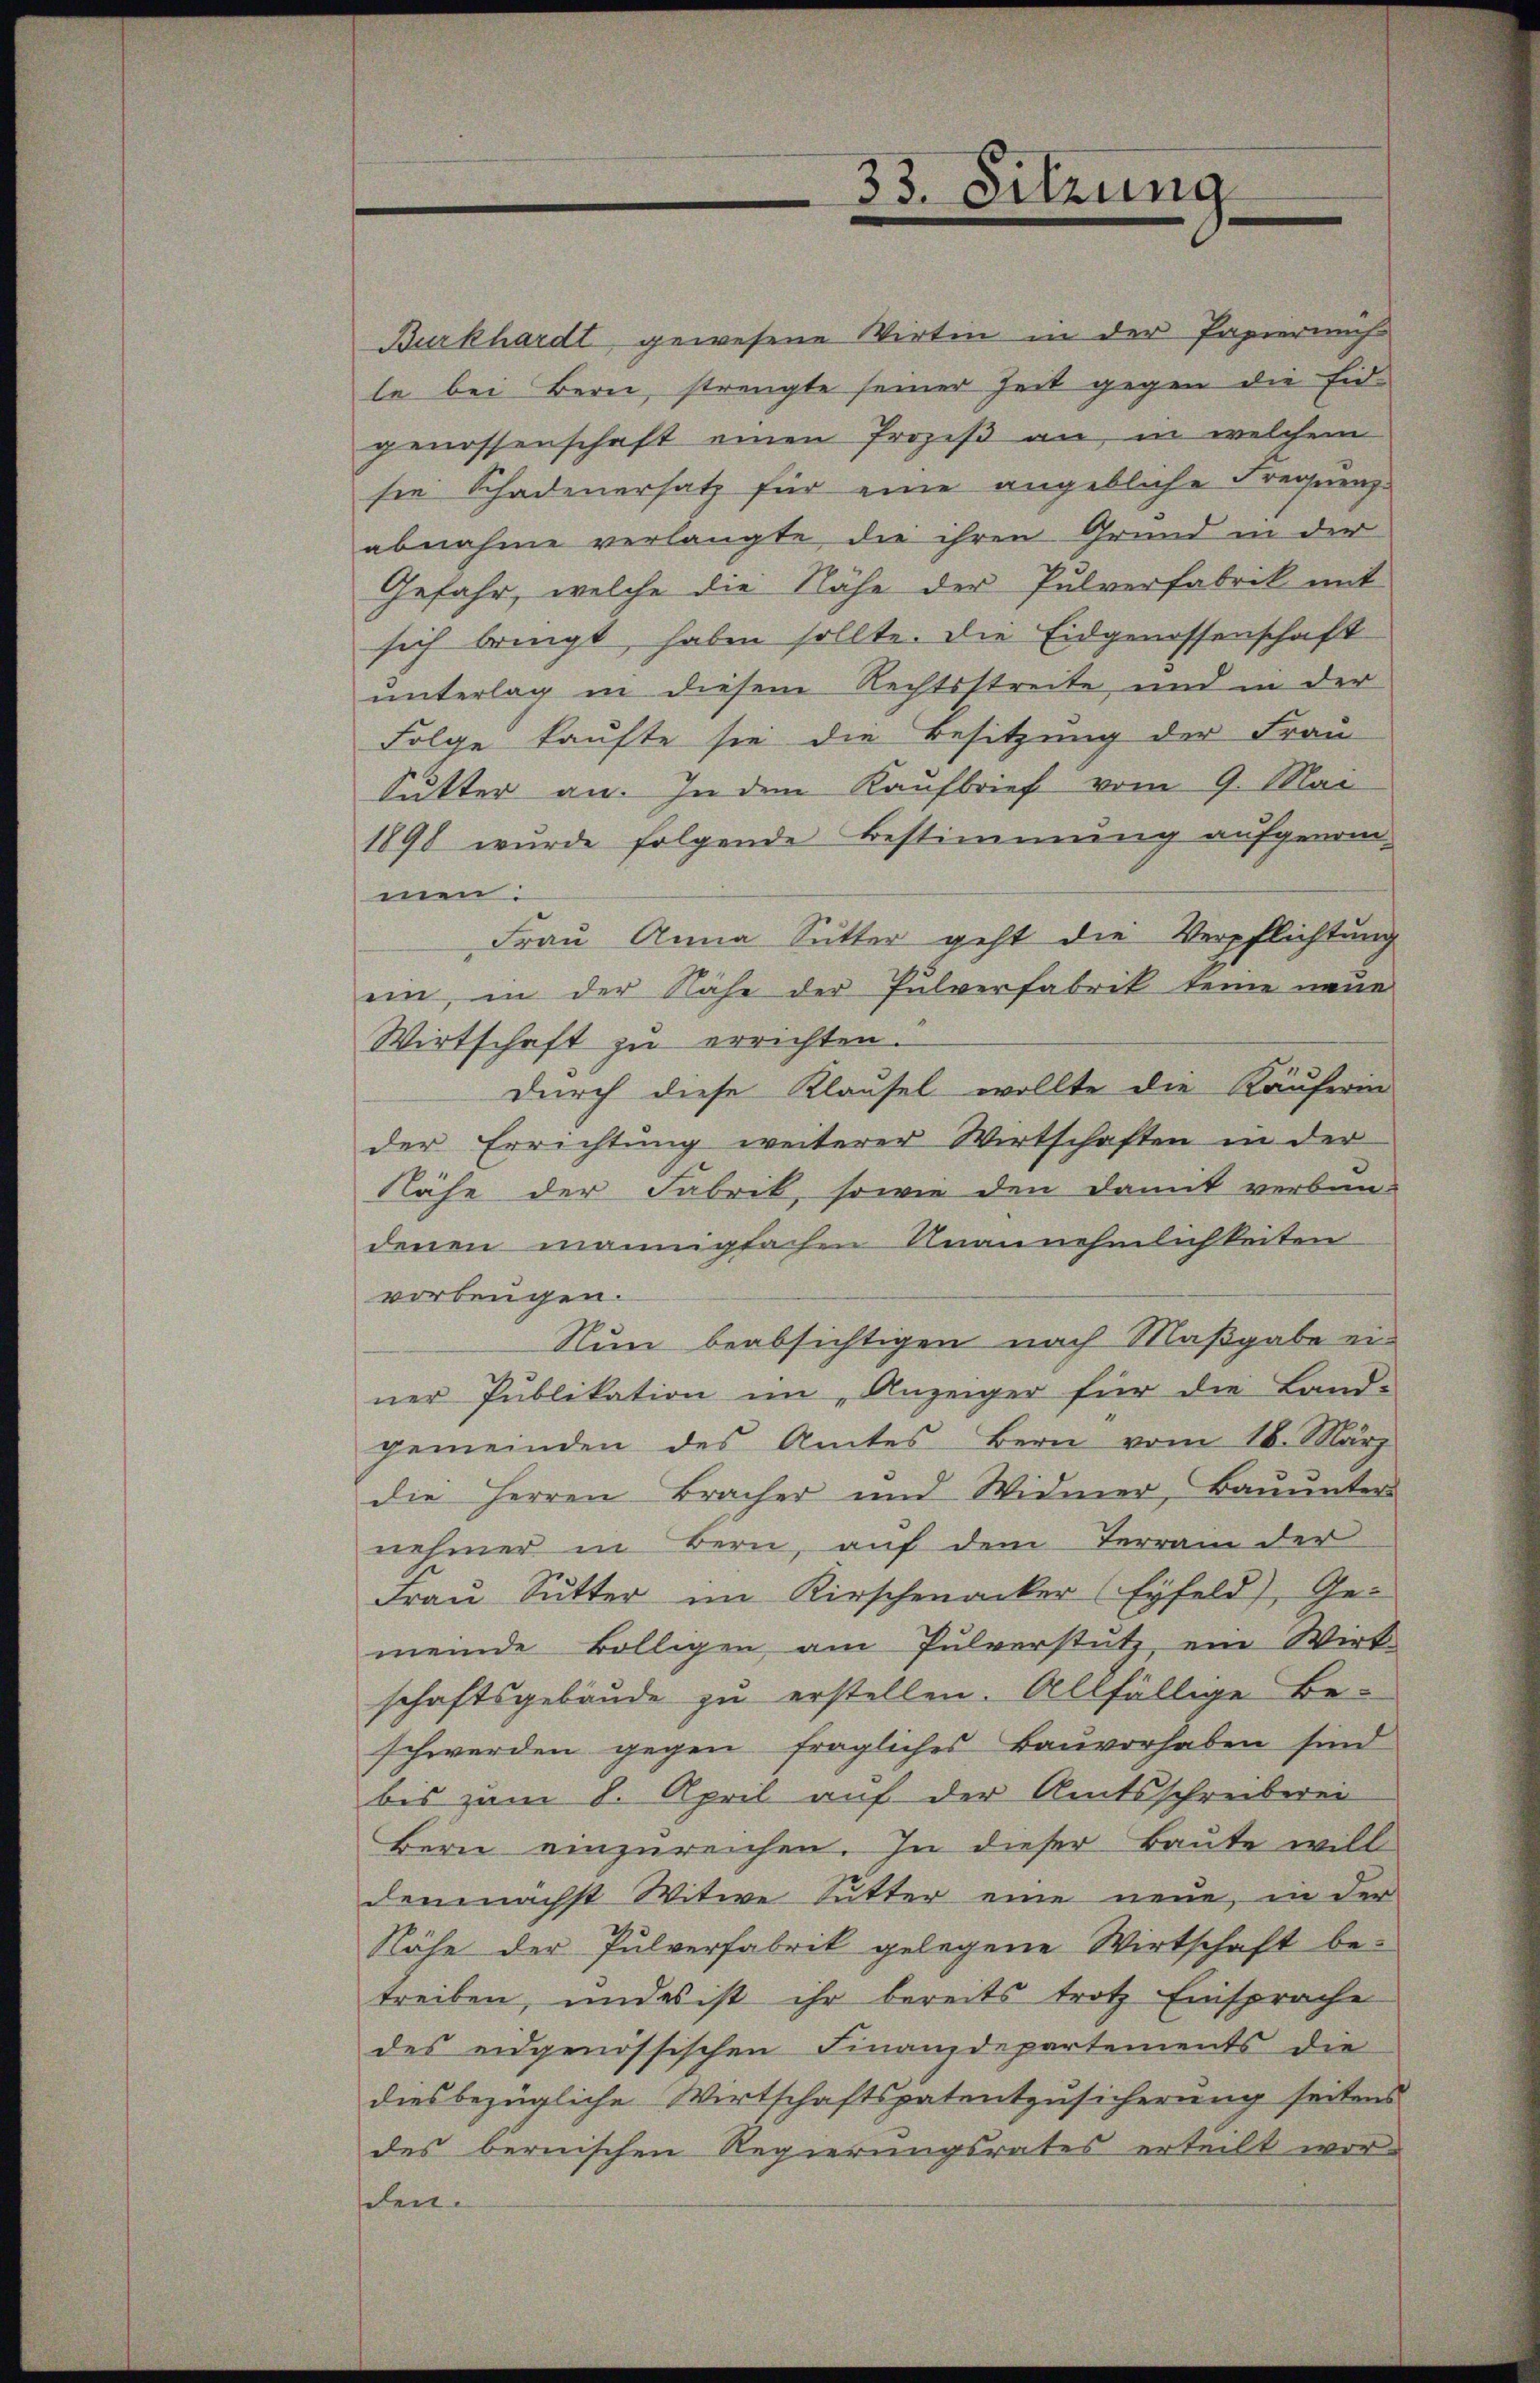
Burkhardt gewesene Wirtin in der Papiermah
le bei Bern, strengte seiner Zeit gegen die Eidgenossenschaft einen Prozeß an, in welchem
sie Schadenersatz für eine angebliche Frequenz-
abnahme verlangte die ihren Grund in der
Gefahr, welche die Nähe der Pulverfabrik mit
sich bringt haben sollte. Die Eidgenossenschaft
unterlag in diesem Rechtsstreite, und in der
Folge kaufte sie die Besitzung der Frau
Sutter an. In dem Kaufbrief vom 9. Mai
1898 wurde folgende Bestimmung aufgenom-
men:
Frau Anna Sutter geht die Verpflichtung
ein, in der Nähe der Pulverfabrik keine neue
Wirtschaft zu errichten.
durch diese Klausel wollte die Käuferin
der Errichtung weiterer Wirtschaften in der
Nähe der Fabrik, sowie den damit verban-
denen mannigfachen Unannehmlichkeiten
vorbeugen.
Nun beabsichtigen nach Maßgabe einer Publikation im Anzeiger für die Land-
gemeinden des Amtes Bern vom 16. März
die Herren Bracher und Widmer, Bauunter
nehmer in Bern, auf dem Terrain der
Frau Sutter im Kirschenacker (Eyfeld), Ge-
meinde völligen am Pulverstütz ein Wirk-
schaftsgebäude zu erstellen. Allfällige Be-
schwerden gegen fragliches Bauvorhaben sind
bis zum 8. April auf der Amtsschreiberei
Bern einzureichen. In dieser Baute will
demnächst Witwe Sutter eine neue, in der
Nähe der Pulverfabrik gelegene Wirtschaft be-
treiben, und es ist ihr bereits trotz Einsprache
des eidgenössischen Finanzdepartements die
diesbezügliche Wirtschaftspatentzusicherung seitens
des bernischen Regierungsrates erteilt wor-
schen.

33. Sitzung